Annual report of the Madras Medical College
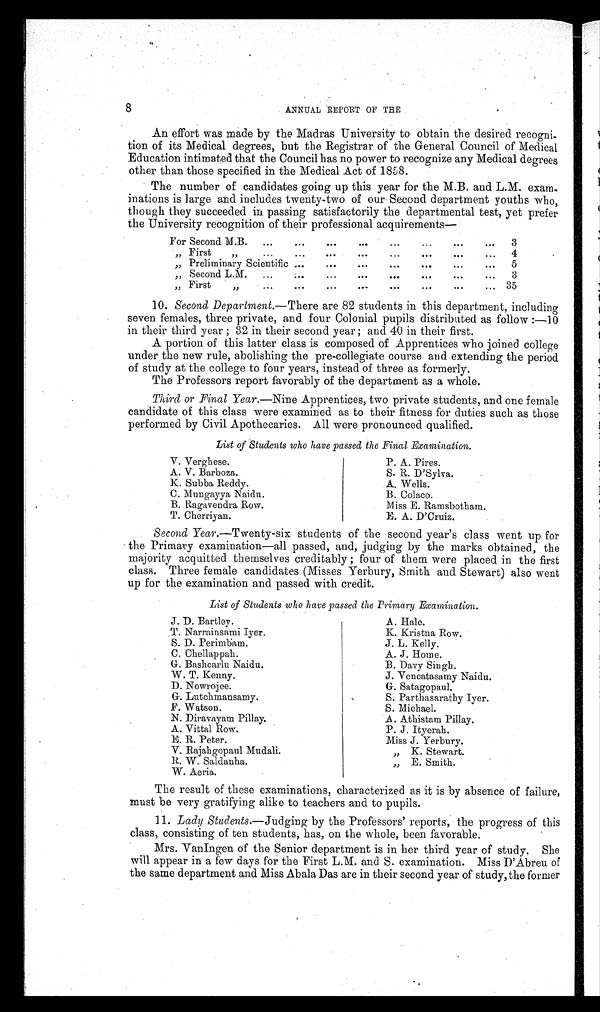
8
ANNUAL REPORT OF THE
An effort was made by the Madras University to obtain the desired recogni
tion of its Medical degrees, but the Registrar of the General Council of Medical
Education intimated that the Council has no power to recognize any Medical degrees
other than those specified in the Medical Act of 1858.
The number of candidates going up this year for the M.B. and L.M. exam
inations is large and includes twenty-two of our Second department youths who,
though they succeeded in passing satisfactorily the departmental test, yet prefer
the University recognition of their professional acquirements
10. Second Department. —There are 82 students in this department, including
seven females, three private, and four Colonial pupils distributed as follow:—10
in their third year; 32 in their second year; and 40 in their first.
A portion of this latter class is composed of Apprentices who joined college
under the new rule, abolishing the pre-collegiate course and extending the period
of study at the college to four years, instead of three as formerly.
The Professors report favorably of the department as a whole.
Third or Final Year. —Nine Apprentices, two private students, and one female
candidate of this class were examined as to their fitness for duties such as those
performed by Civil Apothecaries. All were pronounced qualified.
List of Students who have passed the Final Examination.
Second Year.—Twenty-six students of the second year’s class went up for
the Primary examination—all passed, and, judging by the marks obtained, the
majority acquitted themselves creditably; four of them were placed in the first
class. Three female candidates (Misses Yerbury, Smith and Stewart) also went
up for the examination and passed with credit.
List of Students who have passed the Primary Examination.
The result of these examinations, characterized as it is by absence of failure,
must be very gratifying alike to teachers and to pupils.
11. Lady Students.—Judging by the Professors’ reports, the progress of this
class, consisting of ten students, has, on the whole, been favorable.
Mrs. VanIngen of the Senior department is in her third year of study. She
will appear in a few days for the First L.M. and S. examination. Miss D’Abreu of
the same department and Miss Abala Das are in their second year of study, the former